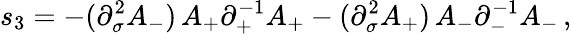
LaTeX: s_{3}=-(\partial_{\sigma}^{2}A_{-})\, A_{+}\partial_{+}^{-1}A_{+}-(\partial_{\sigma}^{2}A_{+})\, A_{-}\partial_{-}^{-1}A_{-}\, ,